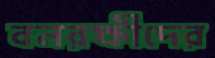
বনরক্ষীদের